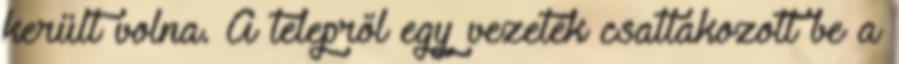
került volna. A telepről egy vezeték csatlakozott be a